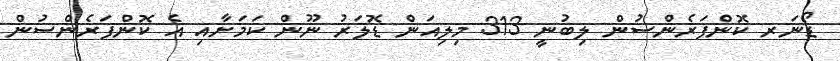
ޑޯނަރ ކޮންފަރެންސުން ލިބުނީ 313 މިލިއަން ޑޮލަރު ނޫން ކަމަށާއި އެ ކޮންފަރެންސުން